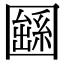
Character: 𡈱